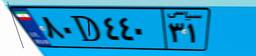
۸۰D۴۴۰۳۱